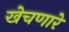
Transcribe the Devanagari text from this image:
खेचणारे